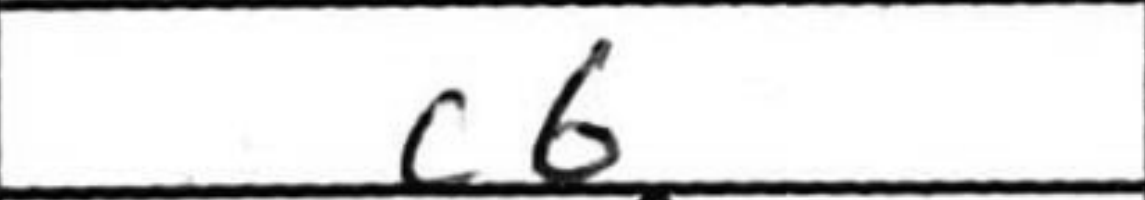
Transcription: c6